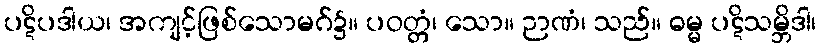
ပဋိပဒါယ၊ အကျင့်ဖြစ်သောမဂ်၌။ ပဝတ္တံ၊ သော။ ဉာဏံ၊ သည်။ ဓမ္မ ပဋိသမ္ဘိဒါ၊